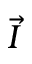
\vec { I }